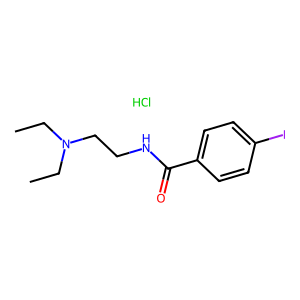
SMILES: CCN(CC)CCNC(=O)c1ccc(I)cc1.Cl
Inhibits HIV replication: No